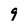
Character: 9